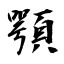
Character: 顎